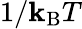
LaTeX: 1/\mathbf{k}_{\mathrm{{{B}}}}T